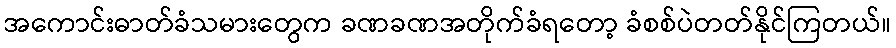
အကောင်းဓာတ်ခံသမားတွေက ခဏခဏအတိုက်ခံရတော့ ခံစစ်ပဲတတ်နိုင်ကြတယ်။